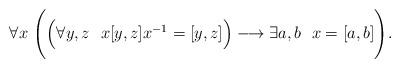
LaTeX: \begin{align*} \forall x \ \Bigg( \Big( \forall y, z \ \ x[y,z]x^{-1}=[y,z] \Big) \longrightarrow \exists a,b \ \ x=[a,b] \Bigg).\end{align*}